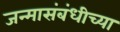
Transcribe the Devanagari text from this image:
जन्मासंबंधीच्या